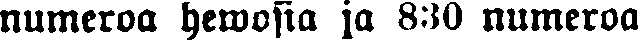
numeroa hewosia ja 830 numeroa